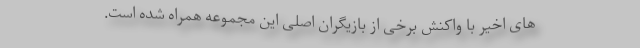
های اخیر با واکنش برخی از بازیگران اصلی این مجموعه همراه شده است.